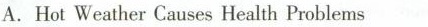
A.Hot Weather Causes Health Problems